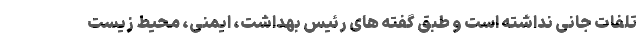
تلفات جانی نداشته است و طبق گفته های رئیس بهداشت، ایمنی، محیط زیست